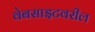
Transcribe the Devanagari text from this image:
वेबसाइटवरील